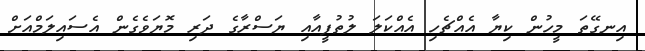
އިނގޭތަ މީހުން ކިޔާ އެއްޗެހި އެއްކަލަ ލުތުފީއާއި ޔަސްރާގެ ދަރި މޮޔަވެގެން އެސައިލަމްއަށް